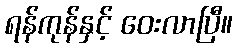
ရန်ကုန်နှင့် ဝေးလာပြီ။